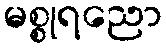
မစ္စုရညော